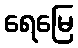
ရေမြေ